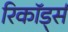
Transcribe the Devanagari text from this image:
रिकॉड्‌र्स